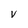
Character: V